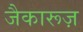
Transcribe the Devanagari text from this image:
जैकारूज़